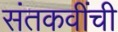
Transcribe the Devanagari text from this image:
संतकवींची